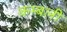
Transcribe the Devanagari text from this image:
कम्बली